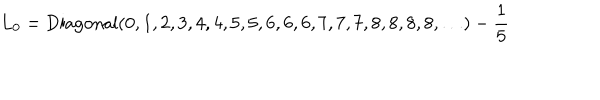
LaTeX: L _ { 0 } = \mathrm { D i a g o n a l } ( 0 , 1 , 2 , 3 , 4 , 4 , 5 , 5 , 6 , 6 , 6 , 7 , 7 , 7 , 8 , 8 , 8 , 8 , \ldots ) - \frac { 1 } { 5 }